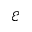
\mathcal { E }